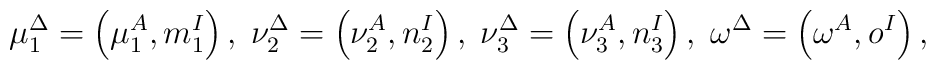
\mu _{1}^{\Delta }=\left( \mu _{1}^{A},m_{1}^{I}\right) ,\;\nu _{2}^{\Delta}=\left( \nu _{2}^{A},n_{2}^{I}\right) ,\;\nu _{3}^{\Delta }=\left( \nu_{3}^{A},n_{3}^{I}\right) ,\;\omega ^{\Delta }=\left( \omega^{A},o^{I}\right) ,